Scottish Certificate of Education, 1963
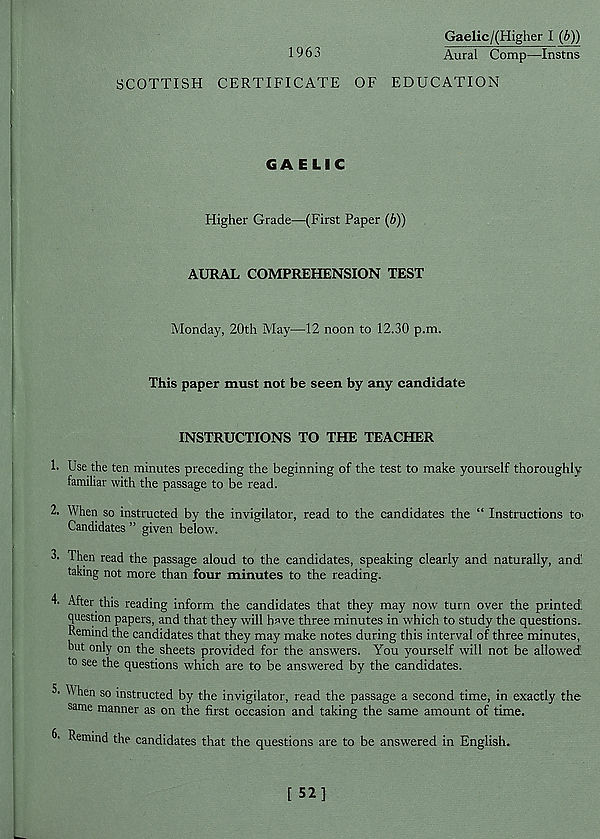
Gaelic/(Higher I (b))
1963
Aural Comp—Instns
SCOTTISH CERTIFICATE OF EDUCATION
GAELIC
Higher Grade—(First Paper (b))
AURAL COMPREHENSION TEST
Monday, 20th May—12 noon to 12.30 p.m.
This paper must not be seen by any candidate
INSTRUCTIONS TO THE TEACHER
1. Use the ten minutes preceding the beginning of the test to make yourself thoroughly
familiar with the passage to be read.
2. When so instructed by the invigilator, read to the candidates the “ Instructions to>
Candidates ” given below.
3’ Then read the passage aloud to the candidates, speaking clearly and naturally, and
taking not more than four minutes to the reading.
4. After this reading inform the candidates that they may now turn over the printed
question papers, and that they will have three minutes in which to study the questions..
Remind the candidates that they may make notes during this interval of three minutes,
but only on the sheets provided for the answers. You yourself will not be allowed
to see the questions which are to be answered by the candidates.
5' When so instructed by the invigilator, read the passage a second time, in exactly the
same manner as on the first occasion and taking the same amount of time.
C Remind the candidates that the questions are to be answered in English.
[ 52]